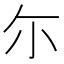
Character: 尓